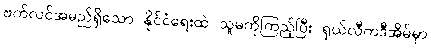
ဗက်လင်အမည်ရှိသော နိုင်ငံရေးထဲ သူမကိုကြည့်ပြီး ရှယ်လီကဒီအိမ်မှာ